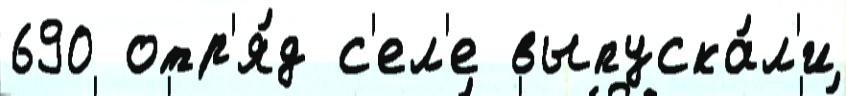
690 отр'я́д с'ел'е выпуска́л'и